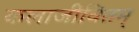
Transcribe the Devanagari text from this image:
कलाजीवितम्